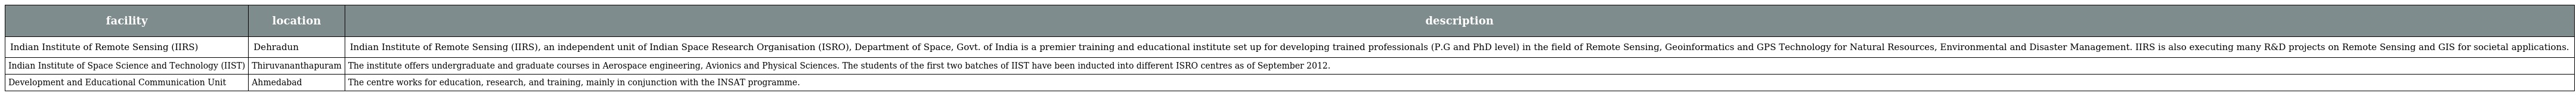
| facility | location | description |
 | --- | --- | --- |
 | Indian Institute of Remote Sensing (IIRS) | Dehradun | Indian Institute of Remote Sensing (IIRS), an independent unit of Indian Space Research Organisation (ISRO), Department of Space, Govt. of India is a premier training and educational institute set up for developing trained professionals (P.G and PhD level) in the field of Remote Sensing, Geoinformatics and GPS Technology for Natural Resources, Environmental and Disaster Management. IIRS is also executing many R&D projects on Remote Sensing and GIS for societal applications. |
 | Indian Institute of Space Science and Technology (IIST) | Thiruvananthapuram | The institute offers undergraduate and graduate courses in Aerospace engineering, Avionics and Physical Sciences. The students of the first two batches of IIST have been inducted into different ISRO centres as of September 2012. |
 | Development and Educational Communication Unit | Ahmedabad | The centre works for education, research, and training, mainly in conjunction with the INSAT programme. |